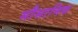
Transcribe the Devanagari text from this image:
मौसामिक